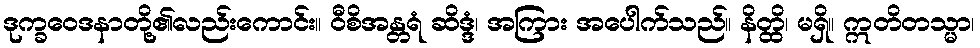
ဒုက္ခဝေဒနာတို့၏လည်းကောင်း။ ဝီစိအန္တရံ ဆိဒ္ဒံ၊ အကြား အပေါက်သည်။ နိတ္ထိ၊ မရှိ။ ဣတိတသ္မာ၊